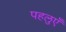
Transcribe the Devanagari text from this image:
पहलुएँ